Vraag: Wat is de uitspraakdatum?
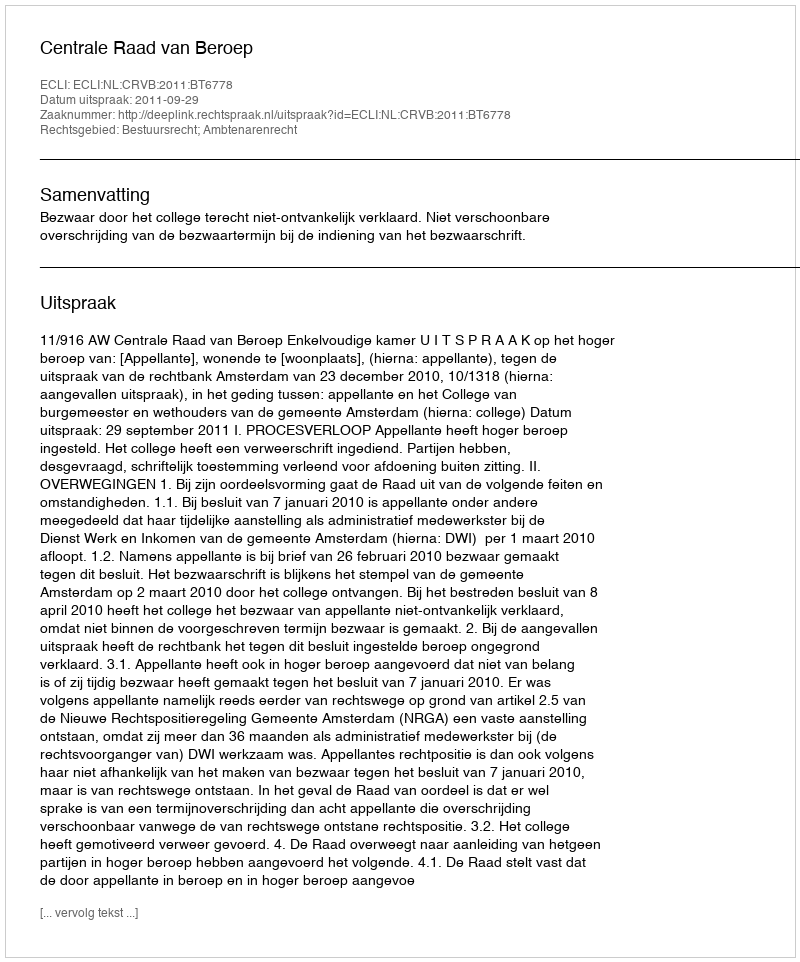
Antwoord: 2011-09-29